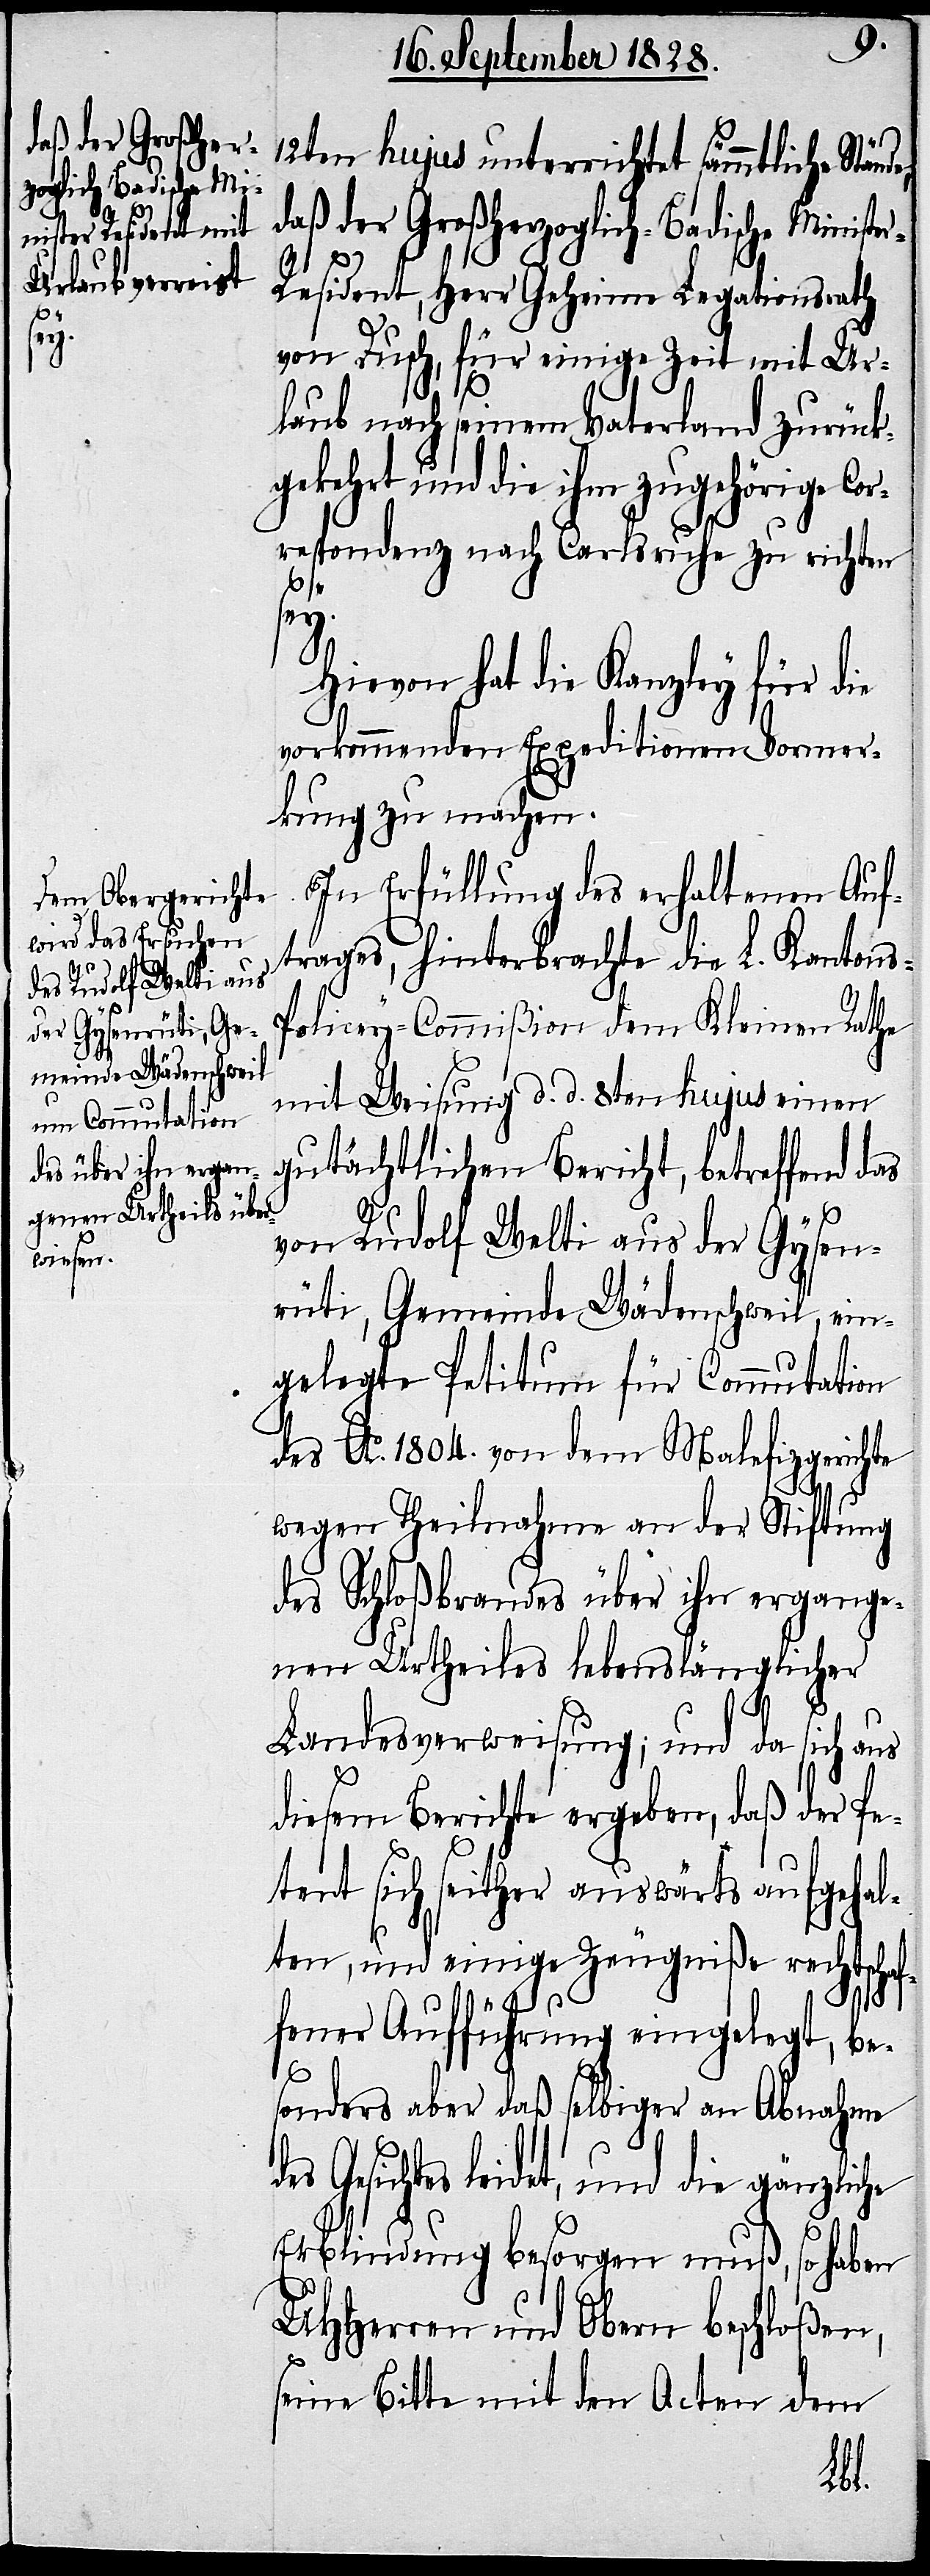
sey.

12ten hujus unterrichtet sämmtliche Stän¬
daß der Großherzoglich-Badische Ministe¬
r-Resident, Herr Geheime[r] Legationsrath
von Dusch, für einige Zeit mit Ur¬
laub nach seinem Vaterland zurück¬
gekehrt und die ihm zugehörige
respondenz nach Carlsruhe zu richten
Hievon hat die Kanzley für die
vorkommenden Expeditionen Vormer¬
kung zu machen.
In Erfüllung des erhaltenen Auf¬
trages, hinterbrachte die L. Kantons-P¬
olicey-Commißion dem Kleinen Rathe
mit Weisung d. d. 8ten hujus einen
gutächtlichen Bericht, betreffend
von Rudolf Welti aus der Gysen¬
rüti, Gemeinde Wädenschweil, ein¬
gelegte Petitum für Commutation
des Ao. 1804. von dem Malefizgerichte
wegen Theilnahme an der Stiftung
des Schloßbrandes über ihn ergange¬
nen Urtheiles lebenslänglicher
Landesverweisung; und da sich aus
diesem Bericht ergeben, daß der Pe¬
tent sich seither auswärts aufgehal¬
ten, und einige Zeugniße rechtschaf¬
fener Aufführung eingelegt, be¬
sonders aber daß selbiger an Abnahme
Gesichtes leidet, und die gänzliche
Erblindung besorgen muß, so haben
UHHerren und Obern beschloßen,
seine Bitte mit den Acten dem